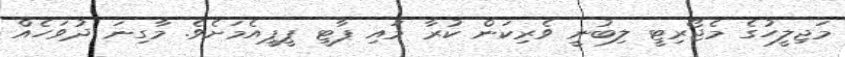
މަޖިލީހުގެ މެޖޯރިޓީ ލިބުނީ ވެރިކަން ކުރާ މައި ޕާޓީ ޕީޕީއެމަށެވެ. މާގިނަ ދުވަހެއް